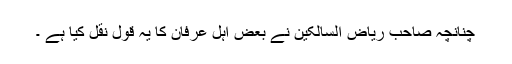
چنانچہ صاحب ریاض السالکین نے بعض اہل عرفان کا یہ قول نقل کیا ہے ۔